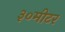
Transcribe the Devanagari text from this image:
३०मीटर